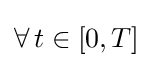
\forall \,t\in [0,T]